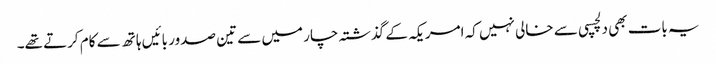
یہ بات بھی دلچسپی سے خالی نہیں کہ امریکہ کے گذشتہ چار میں سے تین صدور بائیں ہاتھ سے کام کرتے تھے۔